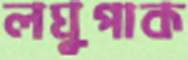
লঘুপাক